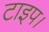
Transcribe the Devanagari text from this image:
टाइप।